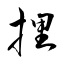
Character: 捚